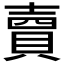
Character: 𧶠